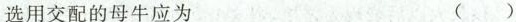
选用交配的母牛应为 ( )